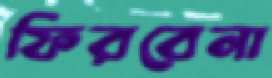
ফিরবেনা